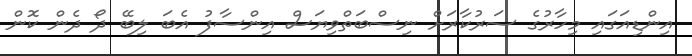
އިންޑިއަގައި މިހާރުގެ ސަރުކާރަށް ނިސްބަތްވިޔަސް އިންސާފު އެބަ ލިބޭ ދޯ ދެން ކޮން